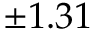
\pm 1 . 3 1 \